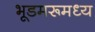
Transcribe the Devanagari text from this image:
भूडमरूमध्य